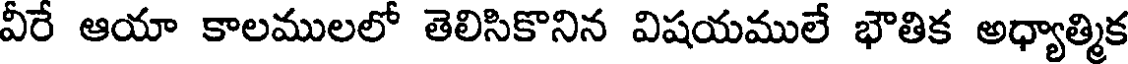
వీరే ఆయా కాలములలో తెలిసికొనిన విషయములే భౌతిక అధ్యాత్మిక